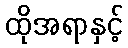
ထိုအရာနှင့်